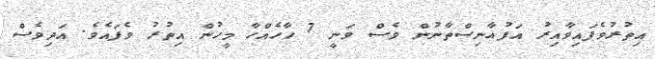
އިތުރުވެފައިވާއިރު އަފުޣާނިސްތާނުން ވެސް ވަނީ 7 ހާހެއްހާ މީހުން އިތުރު ވެފައެވެ. އަދިވެސް